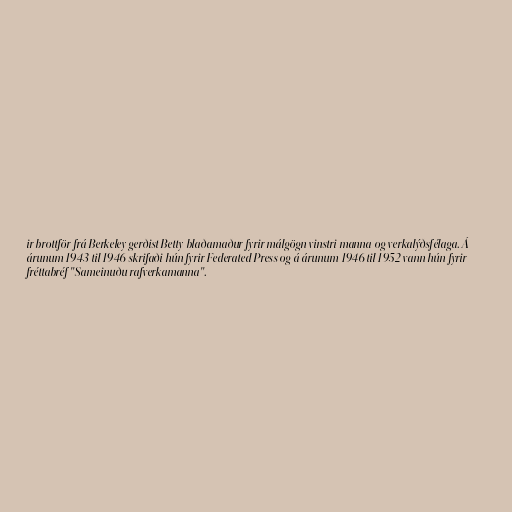
ir brottför frá Berkeley gerðist Betty blaðamaður fyrir málgögn vinstri manna og verkalýðsfélaga. Á
árunum 1943 til 1946 skrifaði hún fyrir Federated Press og á árunum 1946 til 1952 vann hún fyrir
fréttabréf "Sameinuðu rafverkamanna".